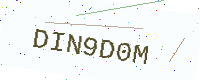
Text: DIN9D0M